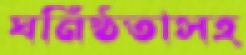
ঘনিষ্ঠতাসহ